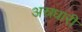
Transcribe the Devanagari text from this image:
अस्रधारी